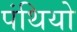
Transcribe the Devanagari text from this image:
पंथियो